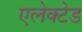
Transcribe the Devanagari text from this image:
एलेक्टेड